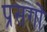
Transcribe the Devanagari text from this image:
प्रसगों